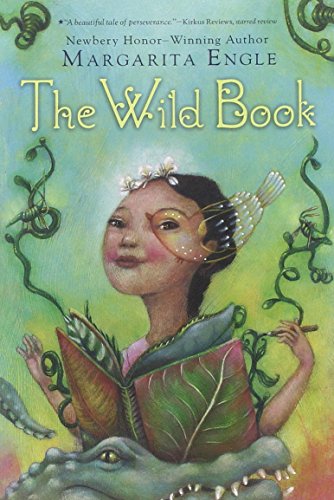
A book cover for The Wild Book; Margarita Engle; Health, Fitness & Dieting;